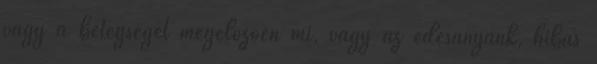
vagy a betegséget megelõzõen mi, vagy az édesanyánk, hibás